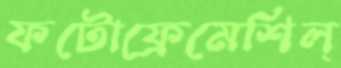
ফটোফ্রেমেশিল্